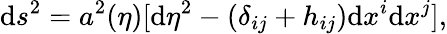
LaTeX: \mathrm{d}s^{2}=a^{2}(\eta)[\mathrm{d}\eta^{2}-(\delta_{ij}+h_{ij})\mathrm{d}x^{i}\mathrm{d}x^{j}],